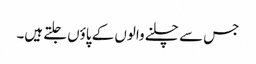
جس سے چلنے والوں کے پاؤں جلتے ہیں۔